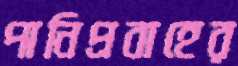
পানিপ্রবাহের